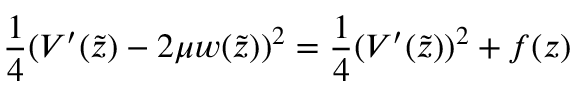
\frac 1 4 ( V ^ { \prime } ( \tilde { z } ) - 2 \mu w ( \tilde { z } ) ) ^ { 2 } = \frac 1 4 ( V ^ { \prime } ( \tilde { z } ) ) ^ { 2 } + f ( z )